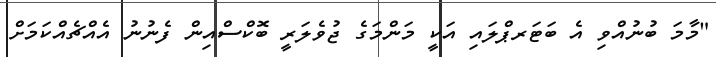
"މާމަ ބުނުއްވި އެ ބަޓަރޕްލައި އަކީ މަންމަގެ ޖުވެލަރީ ބޮކްސްއިން ފެނުނު އެއްޗެއްކަމަށް